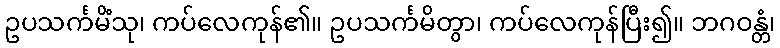
ဥပသင်္ကမိံသု၊ ကပ်လေကုန်၏။ ဥပသင်္ကမိတွာ၊ ကပ်လေကုန်ပြီး၍။ ဘဂဝန္တံ၊